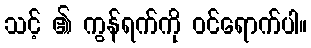
သင့် ၏ ကွန်ရက်ကို ဝင်ရောက်ပါ။